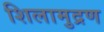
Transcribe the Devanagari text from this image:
शिलामुद्रण